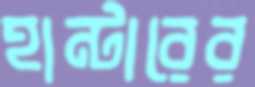
হান্টারের